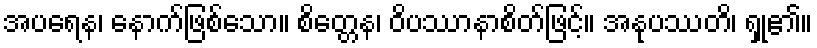
အပရေန၊ နောက်ဖြစ်သော။ စိတ္တေန၊ ဝိပဿာနာစိတ်ဖြင့်။ အနုပဿတိ၊ ရှု၏။